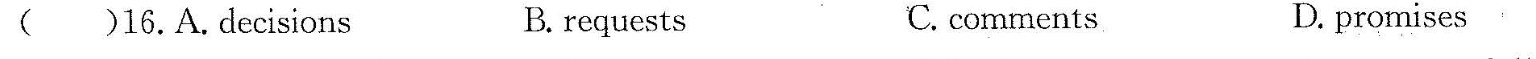
( )15.A.enjoy